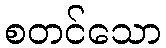
စတင်သော